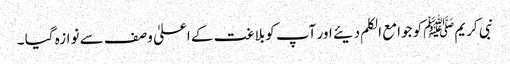
نبی کریمﷺکو جوامع الکلم دیئے اور آپ کوبلاغت کے اعلیٰ وصف سے نوازہ گیا ۔